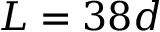
L = 3 8 d